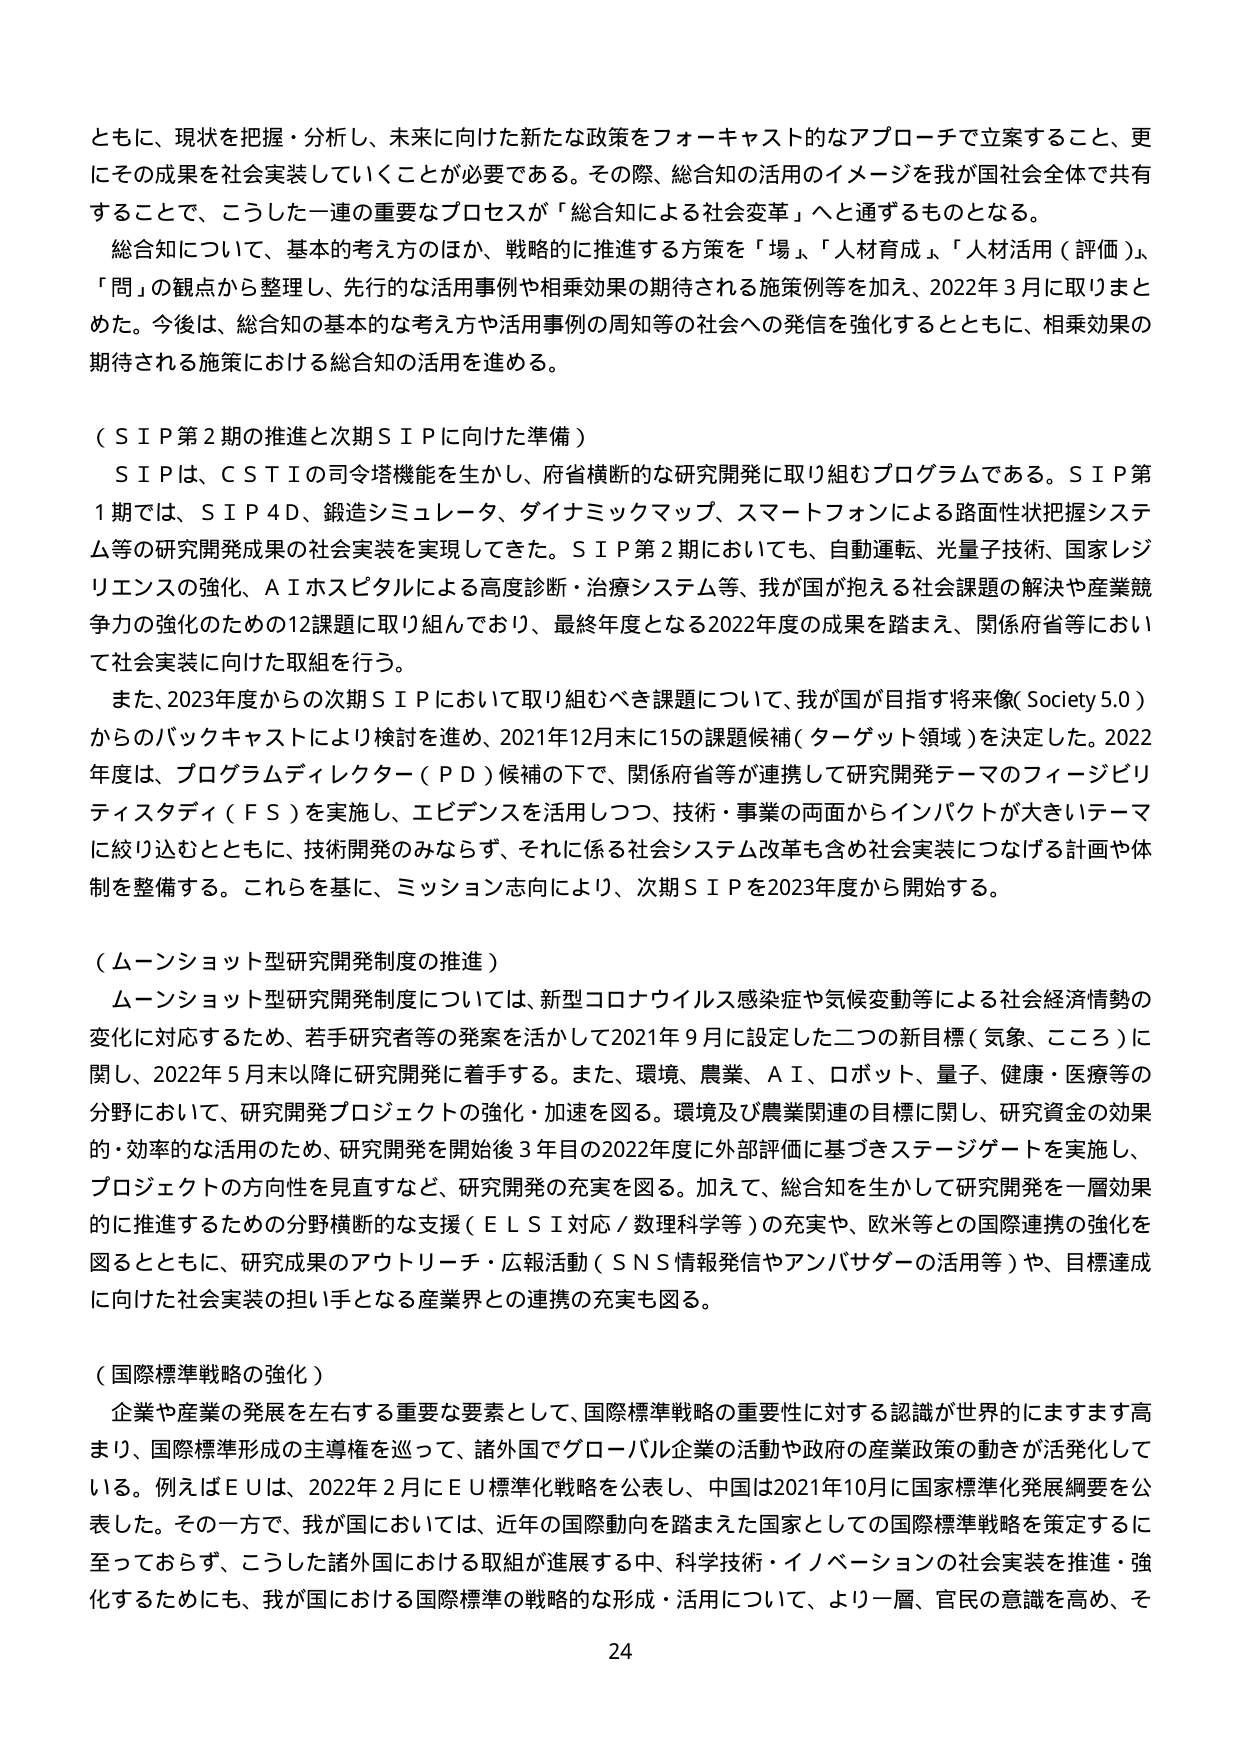
ともに、現状を把握・分析し、未来に向けた新たな政策をフォーキャスト的なアプローチで立案すること、更にその成果を社会実装していくことが必要である。その際、総合知の活用のイメージを我が国社会全体で共有することで、こうした一連の重要なプロセスが「総合知による社会変革」へと通ずるものとなる。

総合知について、基本的考え方のほか、戦略的に推進する方策を「場」、「人材育成」、「人材活用（評価）」、「問」の観点から整理し、先行的な活用事例や相乗効果の期待される施策例等を加え、2022年3月に取りまとめた。今後は、総合知の基本的な考え方や活用事例の周知等の社会への発信を強化するとともに、相乗効果の期待される施策における総合知の活用を進める。

（ＳＩＰ第2期の推進と次期ＳＩＰに向けた準備）

ＳＩＰは、ＣＳＴＩの司令塔機能を生かし、府省横断的な研究開発に取り組むプログラムである。ＳＩＰ第1期では、ＳＩＰ4Ｄ、鍛造シミュレータ、ダイナミックマップ、スマートフォンによる路面性状把握システム等の研究開発成果の社会実装を実現してきた。ＳＩＰ第2期においても、自動運転、光量子技術、国家レジリエンスの強化、ＡＩホスピタルによる高度診断・治療システム等、我が国が抱える社会課題の解決や産業競争力の強化のための12課題に取り組んでおり、最終年度となる2022年度の成果を踏まえ、関係府省等において社会実装に向けた取組を行う。

また、2023年度からの次期ＳＩＰにおいて取り組むべき課題について、我が国が目指す将来像（Society 5.0）からのバックキャストにより検討を進め、2021年12月末に15の課題候補（ターゲット領域）を決定した。2022年度は、プログラムディレクター（ＰＤ）候補の下で、関係府省等が連携して研究開発テーマのフィージビリティスタディ（ＦＳ）を実施し、エビデンスを活用しつつ、技術・事業の両面からインパクトが大きいテーマに絞り込むとともに、技術開発のみならず、それに係る社会システム改革も含め社会実装につなげる計画や体制を整備する。これらを基に、ミッション志向により、次期ＳＩＰを2023年度から開始する。

（ムーンショット型研究開発制度の推進）

ムーンショット型研究開発制度については、新型コロナウイルス感染症や気候変動等による社会経済情勢の変化に対応するため、若手研究者等の発案を活かして2021年9月に設定した二つの新目標（気象、こころ）に関し、2022年5月末以降に研究開発に着手する。また、環境、農業、ＡＩ、ロボット、量子、健康・医療等の分野において、研究開発プロジェクトの強化・加速を図る。環境及び農業関連の目標に関し、研究資金の効果的・効率的な活用のため、研究開発を開始後3年目の2022年度に外部評価に基づきステージゲートを実施し、プロジェクトの方向性を見直すなど、研究開発の充実を図る。加えて、総合知を生かして研究開発を一層効果的に推進するための分野横断的な支援（ＥＬＳＩ対応／数理科学等）の充実や、欧米等との国際連携の強化を図るとともに、研究成果のアウトリーチ・広報活動（ＳＮＳ情報発信やアンバサダーの活用等）や、目標達成に向けた社会実装の担い手となる産業界との連携の充実も図る。

（国際標準戦略の強化）

企業や産業の発展を左右する重要な要素として、国際標準戦略の重要性に対する認識が世界的にますます高まり、国際標準形成の主導権を巡って、諸外国でグローバル企業の活動や政府の産業政策の動きが活発化している。例えばＥＵは、2022年2月にＥＵ標準化戦略を公表し、中国は2021年10月に国家標準化発展綱要を公表した。その一方で、我が国においては、近年の国際動向を踏まえた国家としての国際標準戦略を策定するに至っておらず、こうした諸外国における取組が進展する中、科学技術・イノベーションの社会実装を推進・強化するためにも、我が国における国際標準の戦略的な形成・活用について、より一層、官民の意識を高め、そ

24